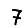
Digit: 7